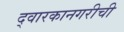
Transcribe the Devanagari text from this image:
द्वारकानगरीची